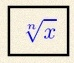
\sqrt[n]{x}